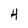
Character: 4